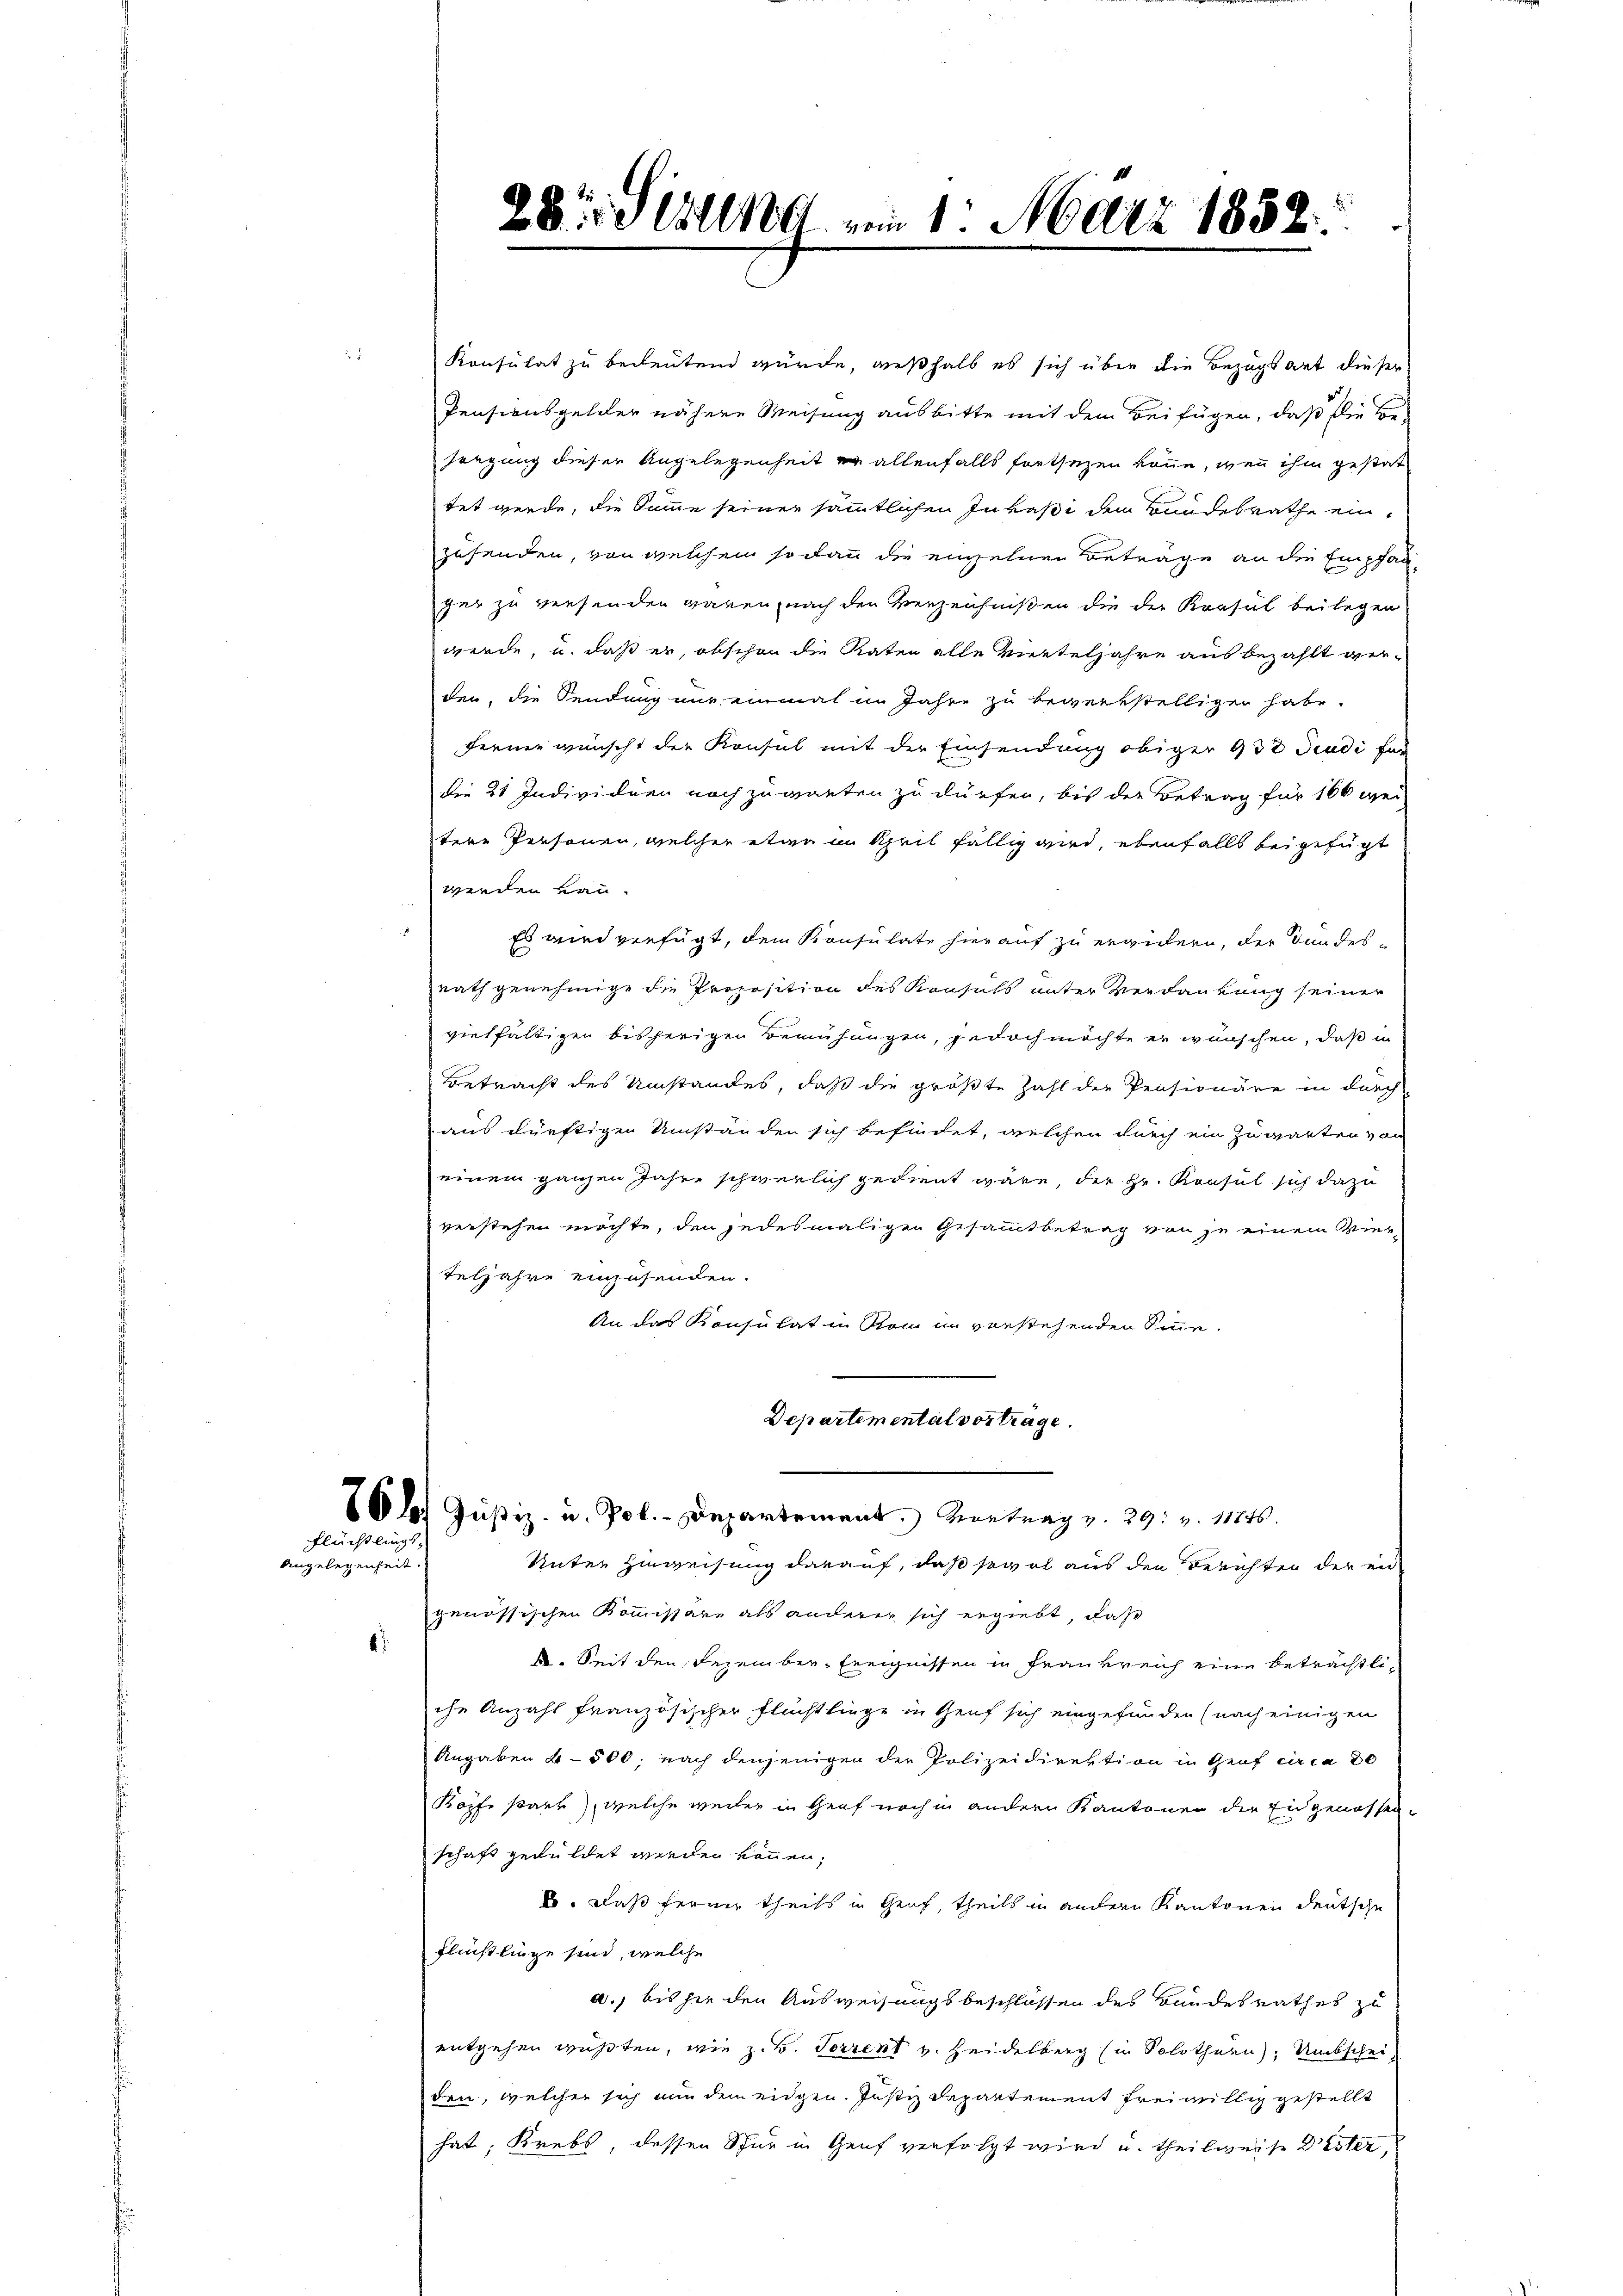
Flüchtlings
Angelegenheit.

4

Konsulat zu bedeutend würde, weßhalb es sich über die Bezugsart dieser
Pensionsgelder nähere Weisung ausbitte mit dem Beifügen, daß die Be-
sorgung dieser Angelegenheit er allenfalls fortsezen könne, wenn ihm gestat
tet werde, die Summe seiner sämmtlichen Invasi dem Bundesrathe einzusenden, von welchem so dann die einzelnen Beträge an die Empfanger zu versenden garen, nach den Verzeichnißen die der Krasul beilegen
werde, u. daß er, obschon die Raten alle Werteljahre ausbezahlt verden, die Sendung nur einmal in Jahre zu bewerkstelligen habe.
Fernen wünscht der Konsul mit der Einsendung obiger 932 Jindi für
die 21 Individuen noch zuwarten zu dürfen, bis der Betrag für 160 wei
tere Personen, welcher etwa in Kheil fällig wird, ebenfalls beigefügt
werden von
Es wird verfügt, dem Konsulate hierauf zu erwidern, der Bundesrath genehmige die Proposition des Konsuls unter Verdankung seiner
vielfältigen bisherigen Bemühungen, jedoch möchte er wünschen, daß in
Betracht des Umstandes, daß die größte Zahl der Pensionäre in durch
aus dürftigen Umständen sich befindet, welchen durch ein Zuwarten von
einem ganzen Jahre schwerlich gedient wäre, der Hr. Konsul sich dazu
verstehen möchte, den jedesmaligen Gesammtbetrag von je einem Vierteljahre einzusenden.
An das Konsulat in Rom in vorstehenden Sinne.
Departemental vortrage.
81 Justiz- u. Pol. - Departement. Vortrag v. 29. v. 11845.
Unter Zuweisung darauf, daß sowol aus den Berichten der ein
genössischen Kommissäre als anderer sich ergiebt, daß
k. Seit den Dezember-Ereignissen in Frankreich eine beträchtliche Anzahl französischer Flüchtlinge in Genf sich eingefunden (nach einigen
Angaben 4 - 500, nach denjenigen der Polizeidirektion in Graf circa 80
Kopfe starr, welche weiler in Graf noch in andern Kantonen die Eingenossenschaft geduldet werden können,
1o. Daß ferner theils in Genf, theils in andern Kantonen deutsche
Flüchtlinge sind, welche
a., bis sie den Ausweisungsbeschlossen des Bundesrathes zu
entgehen wußten, wie z. B. Forrent v. Heidelberg (in Solothurn, Umbscheiden, welcher sich von dem eidgen. Justiz Departement freiwillig gestellt
hat, Krebs, dessen Schur in Genf verfolgt wird u. theilweise Dister,

28. Soll vom 1. März 1852.